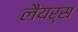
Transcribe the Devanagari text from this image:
लैयर्स